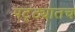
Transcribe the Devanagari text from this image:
पट्ट्यातच